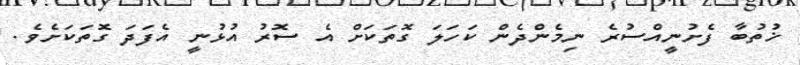
ޚުތުބާ ފެށުނީއްސުރެ ނިމެންދެން ކަހަލަ ގޮތަކަށް އެ ސޮރު އުޅުނީ އެފަދަ ގޮތަކަށެވެ.